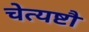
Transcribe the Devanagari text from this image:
चेत्यष्टौ